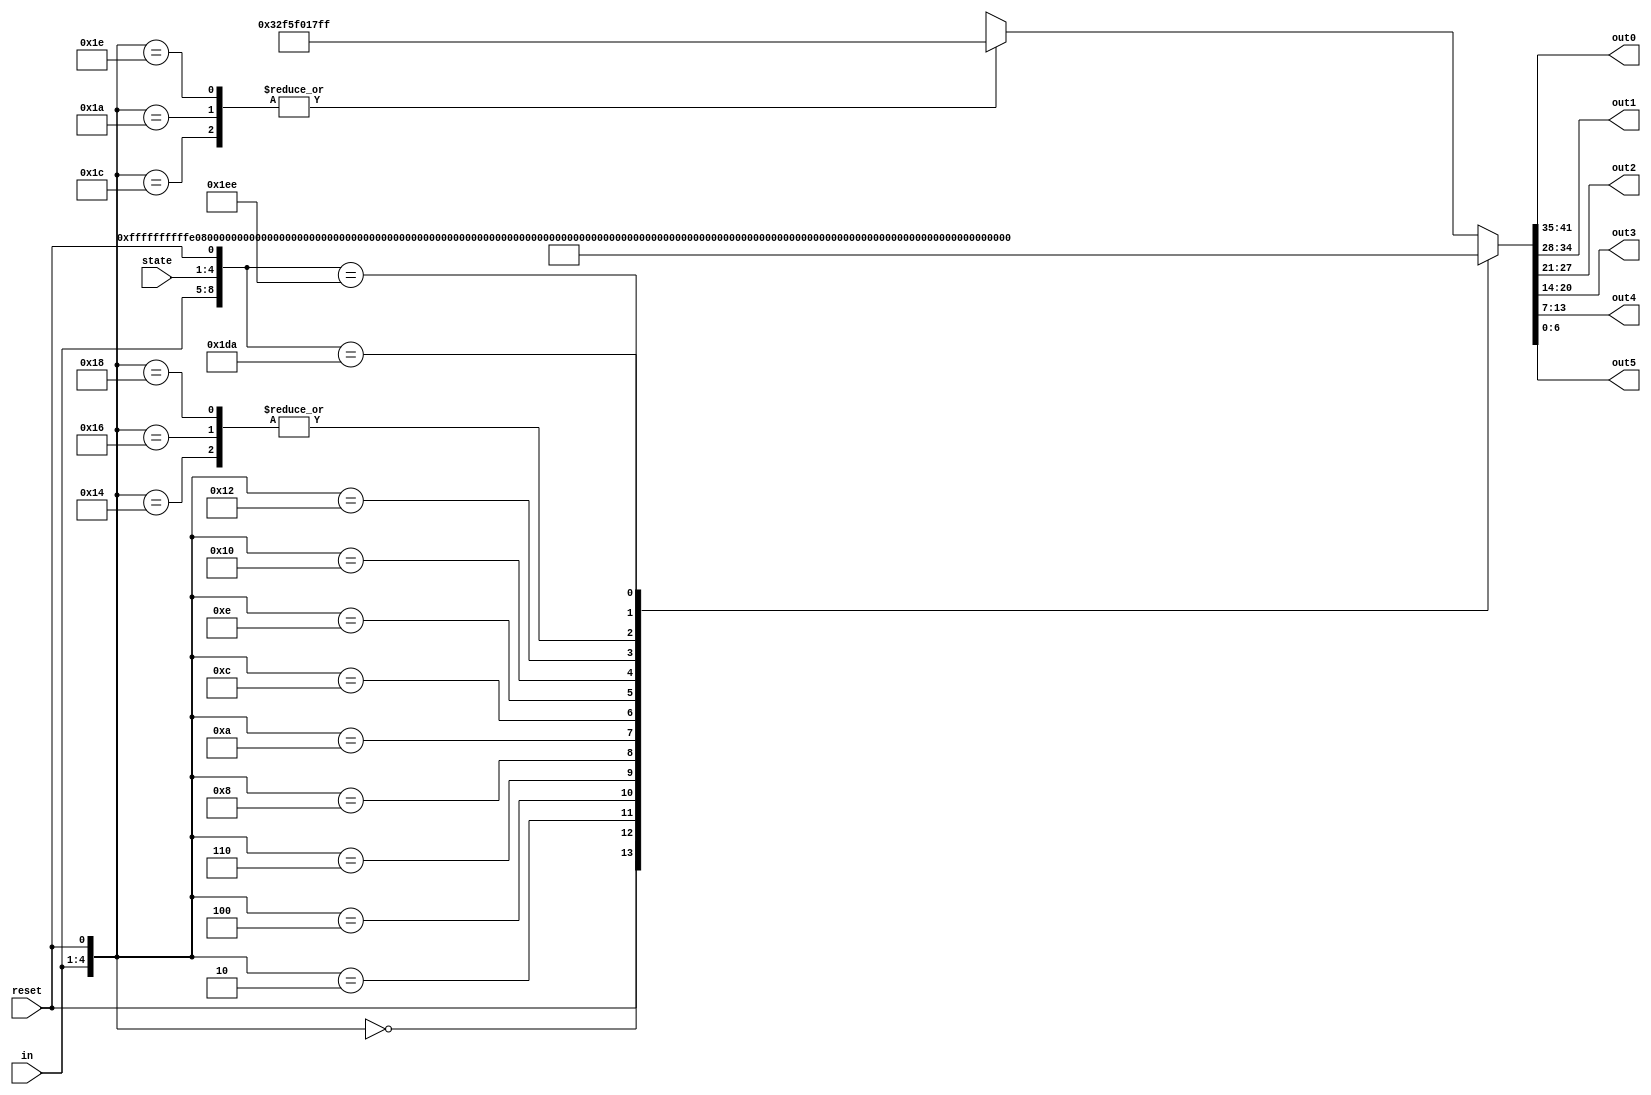

module SEG(in,state,reset,out0,out1,out2,out3,out4,out5);
     
     //Declare inout variables.
     input [3:0] in; 
     input [3:0] state;
     input reset;
     output [6:0] out0,out1,out2,out3,out4,out5;
     reg [6:0] out0,out1,out2,out3,out4,out5;

	`define x0 4'b0000
	`define x1 4'b0001
	`define x2 4'b0010
	`define x3 4'b0011
	`define x4 4'b0100
	`define x5 4'b0101	//define numbers in binary
	`define x6 4'b0110
	`define x7 4'b0111
	`define x8 4'b1000
	`define x9 4'b1001
	`define x10 4'b1010
	`define x11 4'b1011
	`define x12 4'b1100
        `define OPEN 4'b1111
        `define CLOSED 4'b1110
        `define ERROR 4'b1101

    always @(in)//depends on change on what to display
    begin
        casex ({in,state,reset}) //display numbers onto 7 segment displays
	    {4'bxxxx,4'bxxxx,1'b1}: {out0,out1,out2,out3,out4,out5} = {7'b1111111,7'b1111111,7'b1111111,7'b1111111,7'b1111111,7'b1111111}; //reset displays off
            {`x0,4'bxxxx,1'b0}: {out0,out1,out2,out3,out4,out5}={7'b1000000,7'b1111111,7'b1111111,7'b1111111,7'b1111111,7'b1111111};
            {`x1,4'bxxxx,1'b0}: {out0,out1,out2,out3,out4,out5}={7'b1111001,7'b1111111,7'b1111111,7'b1111111,7'b1111111,7'b1111111};
            {`x2,4'bxxxx,1'b0}: {out0,out1,out2,out3,out4,out5}={7'b0100100,7'b1111111,7'b1111111,7'b1111111,7'b1111111,7'b1111111};
            {`x3,4'bxxxx,1'b0}: {out0,out1,out2,out3,out4,out5}={7'b0110000,7'b1111111,7'b1111111,7'b1111111,7'b1111111,7'b1111111};
            {`x4,4'bxxxx,1'b0}: {out0,out1,out2,out3,out4,out5}={7'b0011001,7'b1111111,7'b1111111,7'b1111111,7'b1111111,7'b1111111};
            {`x5,4'bxxxx,1'b0}: {out0,out1,out2,out3,out4,out5}={7'b0010010,7'b1111111,7'b1111111,7'b1111111,7'b1111111,7'b1111111};
            {`x6,4'bxxxx,1'b0}: {out0,out1,out2,out3,out4,out5}={7'b0000010,7'b1111111,7'b1111111,7'b1111111,7'b1111111,7'b1111111};
            {`x7,4'bxxxx,1'b0}: {out0,out1,out2,out3,out4,out5}={7'b1111000,7'b1111111,7'b1111111,7'b1111111,7'b1111111,7'b1111111};
            {`x8,4'bxxxx,1'b0}: {out0,out1,out2,out3,out4,out5}={7'b0000000,7'b1111111,7'b1111111,7'b1111111,7'b1111111,7'b1111111};
            {`x9,4'bxxxx,1'b0}: {out0,out1,out2,out3,out4,out5}={7'b0010000,7'b1111111,7'b1111111,7'b1111111,7'b1111111,7'b1111111};
	    {`x10,4'bxxxx,1'b0}:{out0,out1,out2,out3,out4,out5}={7'b0000110,7'b0101111,7'b0101111,7'b1000000,7'b0101111,7'b1111111};
	    {`x11,4'bxxxx,1'b0}: {out0,out1,out2,out3,out4,out5}={7'b0000110,7'b0101111,7'b0101111,7'b1000000,7'b0101111,7'b1111111};
 	    {`x12,4'bxxxx,1'b0}: {out0,out1,out2,out3,out4,out5}={7'b0000110,7'b0101111,7'b0101111,7'b1000000,7'b0101111,7'b1111111};
	    {`OPEN,4'b0111,1'b0}: {out0,out1,out2,out3,out4,out5}={7'b1000000,7'b0001100,7'b0000110,7'b0101010,7'b1111111,7'b1111111};
            {`CLOSED,4'b1101,1'b0}: {out0,out1,out2,out3,out4,out5}={7'b1000110,7'b1000111,7'b1000000,7'b0010010,7'b0000110,7'b0100001};
 	    {`CLOSED,4'bxxxx,1'b0}: {out0,out1,out2,out3,out4,out5}={7'b0000110,7'b0101111,7'b0101111,7'b1000000,7'b0101111,7'b1111111};
 	    {`ERROR,4'bxxxx,1'b0}: {out0,out1,out2,out3,out4,out5}={7'b0000110,7'b0101111,7'b0101111,7'b1000000,7'b0101111,7'b1111111};
	    {`OPEN,4'bxxxx,1'b0}: {out0,out1,out2,out3,out4,out5}={7'b0000110,7'b0101111,7'b0101111,7'b1000000,7'b0101111,7'b1111111};
            
            
            default : {out0,out1,out2,out3,out4,out5} = {7'b1111111,7'b1111111,7'b1111111,7'b1111111,7'b1111111,7'b1111111}; //default off
        endcase
    end

endmodule